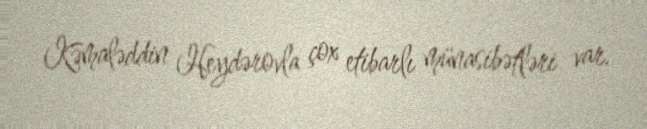
Kəmaləddin Heydərovla çox etibarlı münasibətləri var.